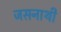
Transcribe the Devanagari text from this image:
जसनाथी